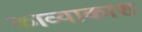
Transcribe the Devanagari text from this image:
काव्याकाश